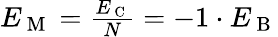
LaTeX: \begin{array}{r}{E_{\mathrm{~M~}}=\frac{E_{\mathrm{~C~}}}{N}=-1\cdot E_{\mathrm{~B~}}}\end{array}